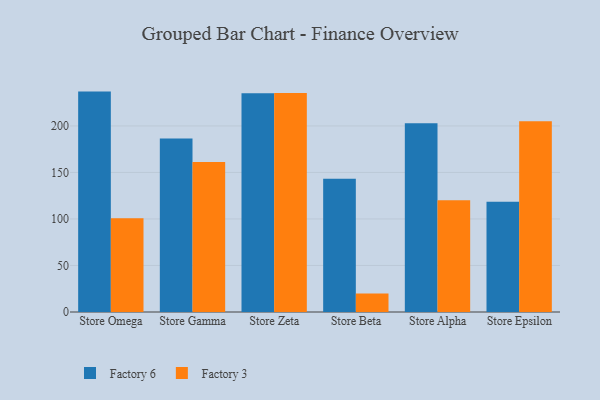
{"axis": {"x": "Store", "y": "Latency (ms)"}, "legend": ["Factory 3", "Factory 6"], "data": [{"x": "Store Omega", "y": 236.9, "type": "Factory 6"}, {"x": "Store Omega", "y": 100.8, "type": "Factory 3"}, {"x": "Store Gamma", "y": 186.5, "type": "Factory 6"}, {"x": "Store Gamma", "y": 161.2, "type": "Factory 3"}, {"x": "Store Zeta", "y": 235.2, "type": "Factory 6"}, {"x": "Store Zeta", "y": 235.3, "type": "Factory 3"}, {"x": "Store Beta", "y": 143.2, "type": "Factory 6"}, {"x": "Store Beta", "y": 19.9, "type": "Factory 3"}, {"x": "Store Alpha", "y": 203.0, "type": "Factory 6"}, {"x": "Store Alpha", "y": 120.2, "type": "Factory 3"}, {"x": "Store Epsilon", "y": 118.6, "type": "Factory 6"}, {"x": "Store Epsilon", "y": 205.0, "type": "Factory 3"}]}